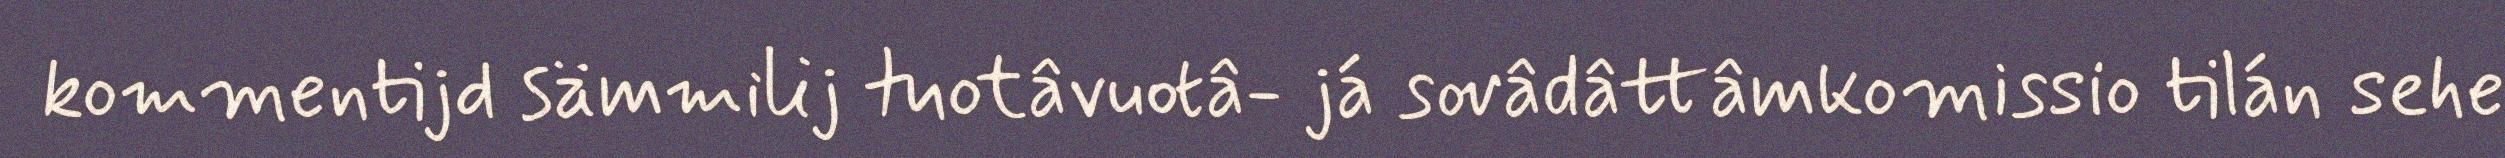
kommentijd sämmilij tuotâvuotâ- já sovâdâttâmkomissio tilán sehe